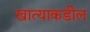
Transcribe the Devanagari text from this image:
खात्याकडील